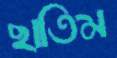
ছাতিম